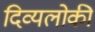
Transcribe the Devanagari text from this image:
दिव्यलोकी